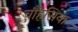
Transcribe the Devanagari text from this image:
चौंहसिया